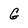
Character: G